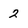
Character: 2